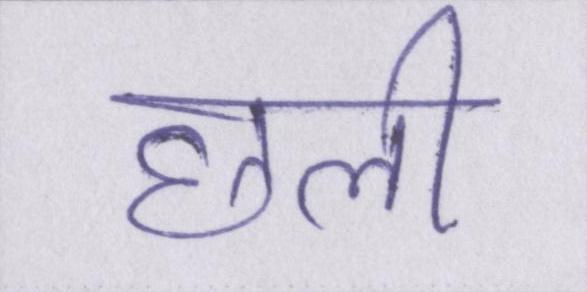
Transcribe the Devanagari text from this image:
छली